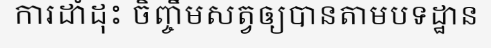
ការដាំដុះ ចិញ្ចឹមសត្វឲ្យបានតាមបទដ្ឋាន